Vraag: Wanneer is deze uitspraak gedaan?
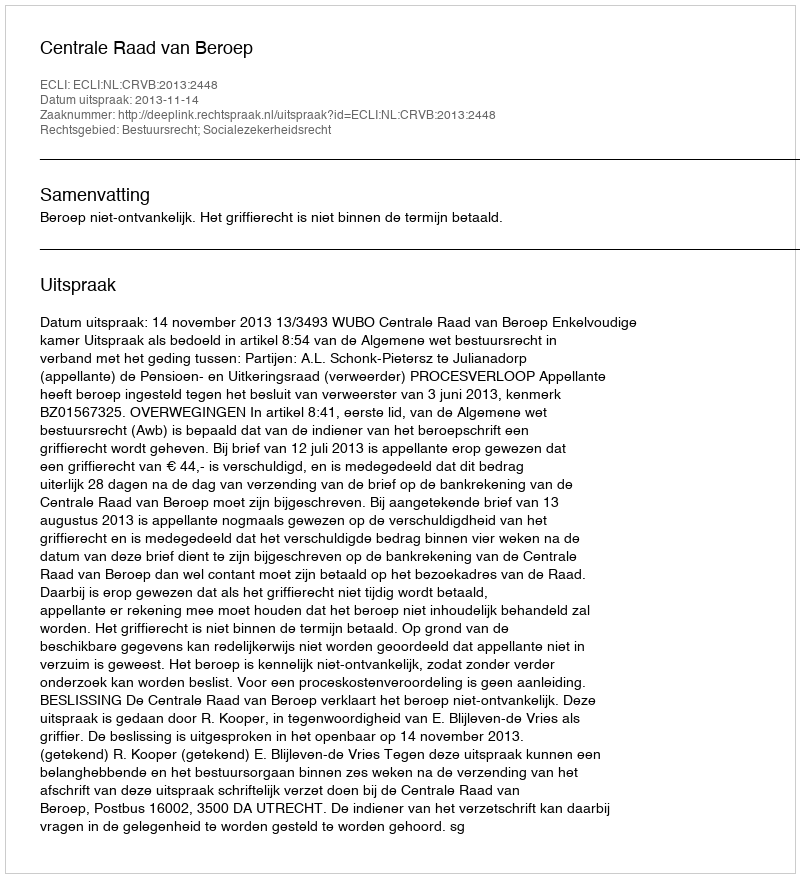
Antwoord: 2013-11-14